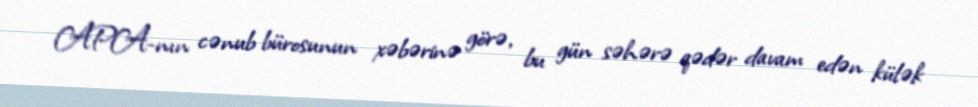
APA-nın cənub bürosunun xəbərinə görə, bu gün səhərə qədər davam edən külək